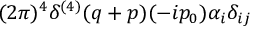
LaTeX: { \displaystyle ( 2 \pi ) ^ { 4 } \delta ^ { ( 4 ) } ( q + p ) ( - i p _ { 0 } ) \alpha _ { i } \delta _ { i j } }